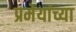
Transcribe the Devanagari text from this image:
प्रमेयांच्या